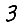
Digit: 3